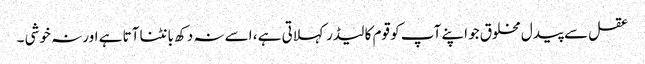
عقل سے پیدل مخلوق جو اپنے آپ کو قوم کا لیڈر کہلاتی ہے ، اسے نہ دکھ بانٹنا آتا ہے اور نہ خوشی ۔